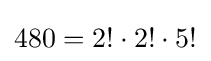
480=2!\cdot 2!\cdot 5!